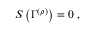
{ \cal S } \left( \Gamma ^ { \left( \rho \right) } \right) = 0 \, \, ,